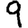
Digit: 9